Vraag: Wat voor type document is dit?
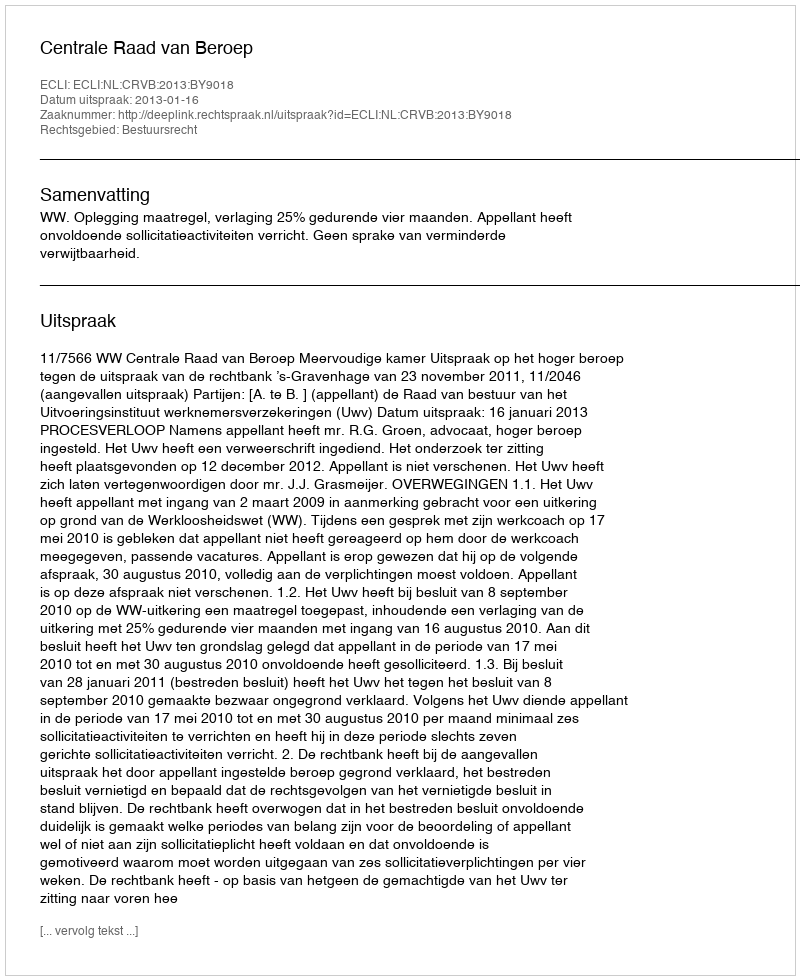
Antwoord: Uitspraak